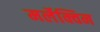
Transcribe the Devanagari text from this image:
मर्लेक्विन